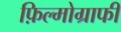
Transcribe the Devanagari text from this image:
फ़िल्मोग्राफी